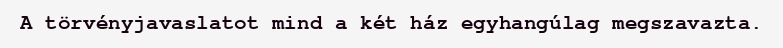
A törvényjavaslatot mind a két ház egyhangúlag megszavazta.